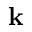
\mathbf { k }